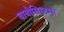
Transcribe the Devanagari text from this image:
बायोसिस्टम्स